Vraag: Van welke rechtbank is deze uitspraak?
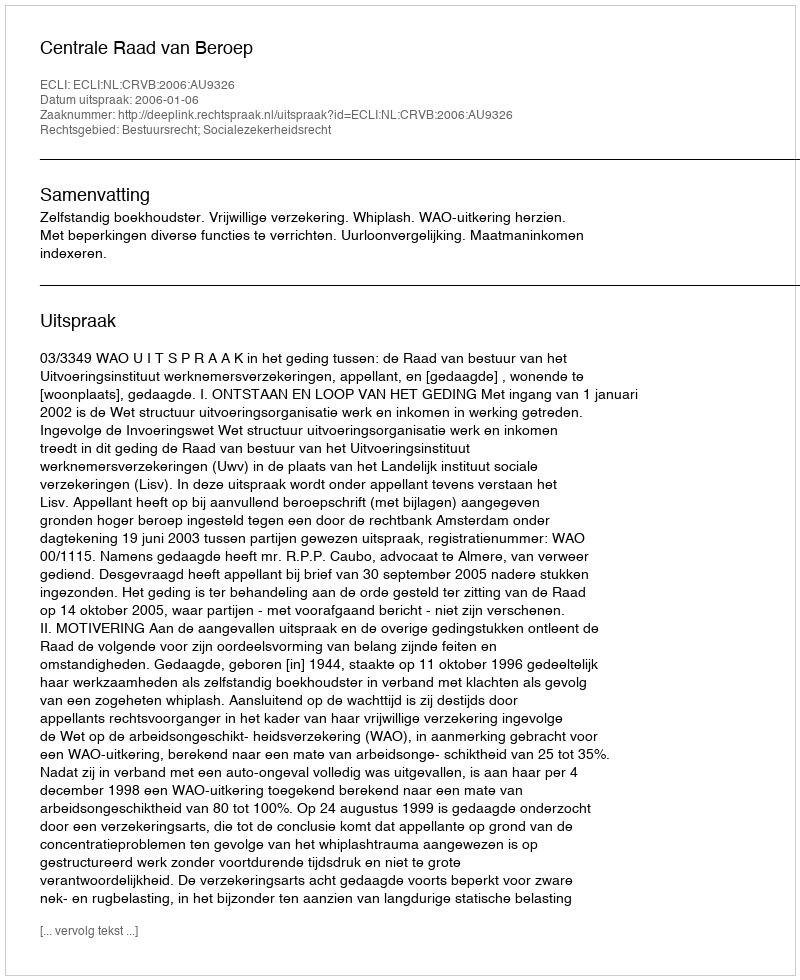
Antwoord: Centrale Raad van Beroep